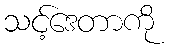
သင့်ဒေတာကို